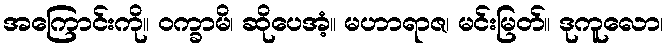
အကြောင်းကို။ ဝက္ခာမိ၊ ဆိုပေအံ့။ မဟာရာဇ၊ မင်းမြတ်။ ဒုကူလော၊